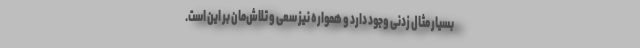
بسیار مثال زدنی وجود دارد و همواره نیز سعی و تلاش‌مان بر این است.